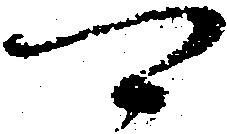
可